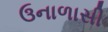
ઉનાળાસી